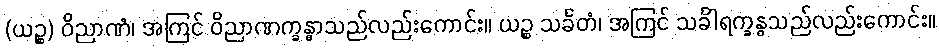
(ယဉ္စ) ဝိညာဏံ၊ အကြင် ဝိညာဏက္ခန္ဓာသည်လည်းကောင်း။ ယဉ္စ သင်္ခတံ၊ အကြင် သင်္ခါရက္ခန္ဓသည်လည်းကောင်း။